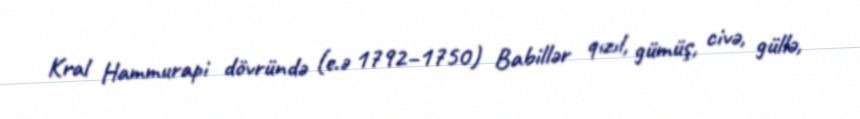
Kral Hammurapi dövründə (e.ə 1792–1750) Babillər qızıl, gümüş, civə, güllə,